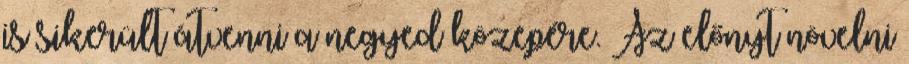
is sikerült átvenni a negyed közepére. Az előnyt növelni